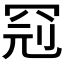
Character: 𱺼